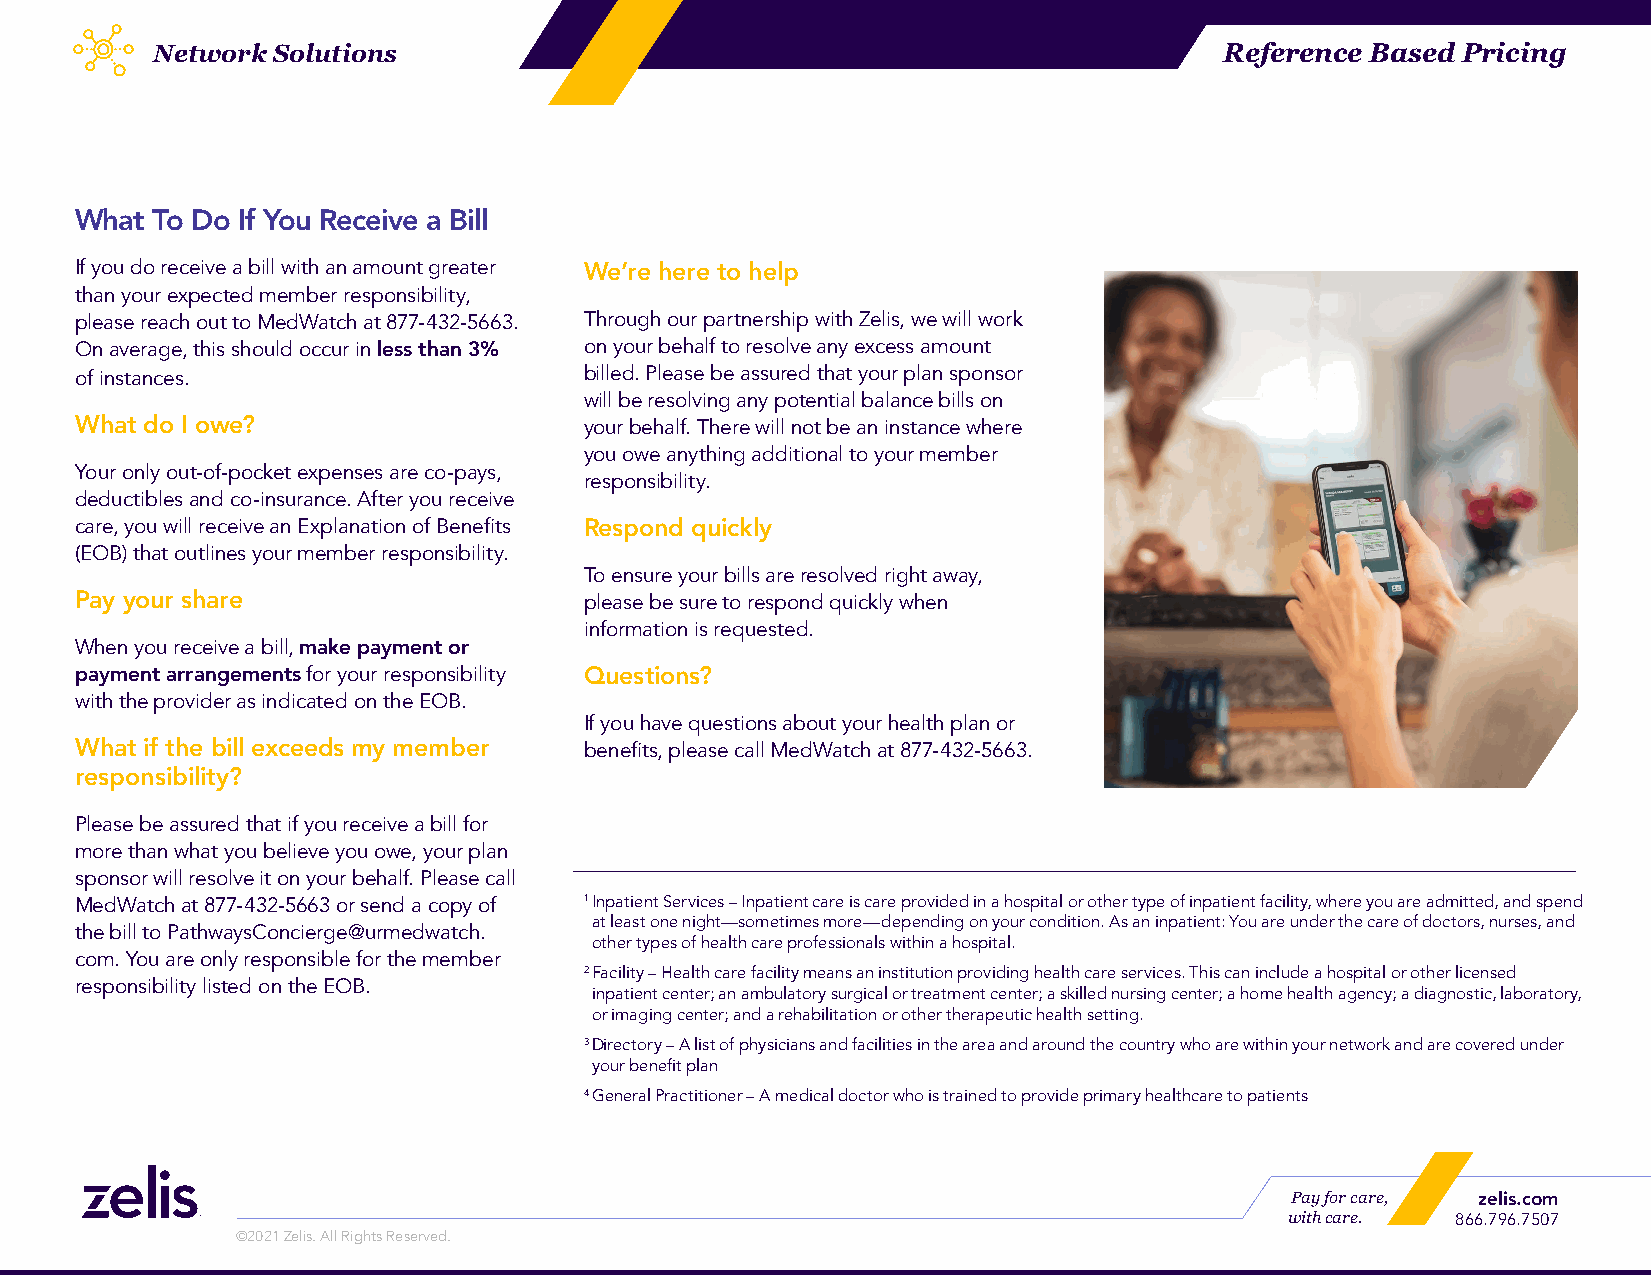
Network Solutions                                                      Reference Based Pricing
 What To Do If You Receive a Bill
 If you do receive a bill with an amount greater We’re here to help
 than your expected member responsibility,
 please reach out to MedWatch at 877-432-5663. Through our partnership with Zelis, we will work
 On average, this should occur in less than 3% on your behalf to resolve any excess amount
 of instances.                     billed. Please be assured that your plan sponsor
 will be resolving any potential balance bills on
 What do I owe?                    your behalf. There will not be an instance where
 you owe anything additional to your member
 Your only out-of-pocket expenses are co-pays,
 responsibility.
 deductibles and co-insurance. After you receive
 care, you will receive an Explanation of Benefits Respond quickly
 (EOB) that outlines your member responsibility.
 To ensure your bills are resolved right away,
 Pay your share                    please be sure to respond quickly when
 information is requested.
 When you receive a bill, make payment or
 payment arrangements for your responsibility Questions?
 with the provider as indicated on the EOB.
 If you have questions about your health plan or
 What if the bill exceeds my member benefits, please call MedWatch at 877-432-5663.
 responsibility?
 Please be assured that if you receive a bill for
 more than what you believe you owe, your plan
 sponsor will resolve it on your behalf. Please call
 MedWatch at 877-432-5663 or send a copy of 1 I npatient Services – Inpatient care is care provided in a hospital or other type of inpatient facility, where you are admitted, and spend
 at least one night—sometimes more—depending on your condition. As an inpatient: You are under the care of doctors, nurses, and
 the bill to PathwaysConcierge@urmedwatch.
 other types of health care professionals within a hospital.
 com. You are only responsible for the member
 2 F acility – Health care facility means an institution providing health care services. This can include a hospital or other licensed
 responsibility listed on the EOB.
 inpatient center; an ambulatory surgical or treatment center; a skilled nursing center; a home health agency; a diagnostic, laboratory,
 or imaging center; and a rehabilitation or other therapeutic health setting.
 3 D irectory – A list of physicians and facilities in the area and around the country who are within your network and are covered under
 your benefit plan
 4 G eneral Practitioner – A medical doctor who is trained to provide primary healthcare to patients
 Pay for care, zelis.com
 with care. 866.796.7507
 ©2021 Zelis. All Rights Reserved.